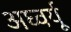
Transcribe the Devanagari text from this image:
अघ्वर्यू